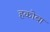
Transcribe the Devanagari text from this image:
हकोबा